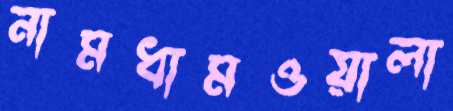
নামধামওয়ালা